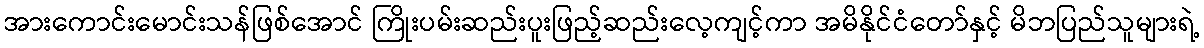
အားကောင်းမောင်းသန်ဖြစ်အောင် ကြိုးပမ်းဆည်းပူးဖြည့်ဆည်းလေ့ကျင့်ကာ အမိနိုင်ငံတော်နှင့် မိဘပြည်သူများရဲ့